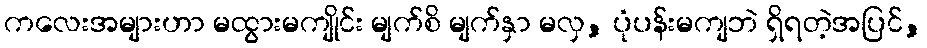
ကလေးအများဟာ မထွားမကျိုင်း မျက်စိ မျက်နှာ မလှ, ပုံပန်းမကျဘဲ ရှိရတဲ့အပြင်,